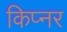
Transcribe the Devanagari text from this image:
किप्नर